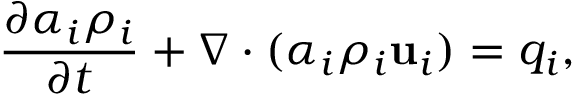
\frac { \partial \alpha _ { i } \rho _ { i } } { \partial t } + \nabla \cdot ( \alpha _ { i } \rho _ { i } \mathbf { u } _ { i } ) = q _ { i } ,